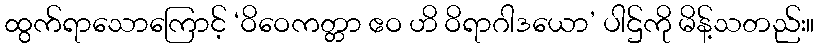
ထွက်ရာသောကြောင့် ‘ဝိဝေကတ္တာ ဧဝ ဟိ ဝိရာဂါဒယော’ ပါဌ်ကို မိန့်သတည်း။